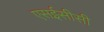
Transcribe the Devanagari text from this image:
एसईसीसी